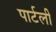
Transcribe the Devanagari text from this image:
पार्टली